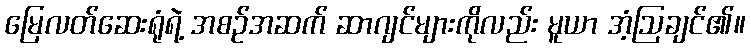
မြေလတ်ဆေးရုံရဲ့ အစဉ်အဆက် ဆာဂျင်များကိုလည်း မူယာ အံ့ဩချင်၏။